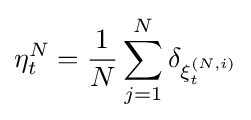
\eta _{t}^{N}={\frac {1}{N}}\sum _{j=1}^{N}\delta _{\xi _{t}^{(N,i)}}